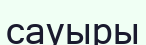
сауыры